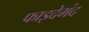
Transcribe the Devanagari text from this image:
फाइदेमंद